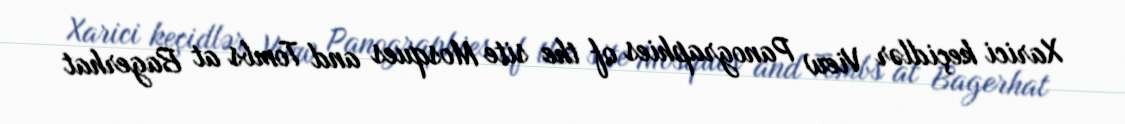
Xarici keçidlər View Panographies of the site Mosques and Tombs at Bagerhat